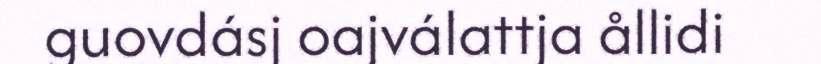
guovdásj oajválattja ållidi